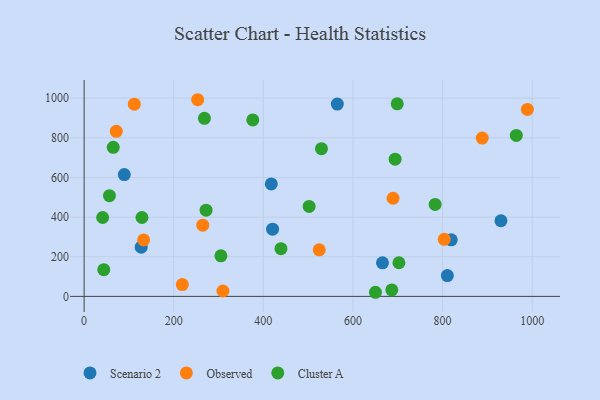
{"axis": {"x": "Price", "y": "Exam Score"}, "legend": ["Cluster A", "Observed", "Scenario 2"], "data": [{"x": "565.1", "y": 970.2, "type": "Scenario 2"}, {"x": "420.6", "y": 339.1, "type": "Scenario 2"}, {"x": "665.9", "y": 169.2, "type": "Scenario 2"}, {"x": "89.6", "y": 614.4, "type": "Scenario 2"}, {"x": "127.4", "y": 248.5, "type": "Scenario 2"}, {"x": "417.7", "y": 567.6, "type": "Scenario 2"}, {"x": "930.3", "y": 381.5, "type": "Scenario 2"}, {"x": "810.7", "y": 104.8, "type": "Scenario 2"}, {"x": "819.4", "y": 285.1, "type": "Scenario 2"}, {"x": "112.0", "y": 969.7, "type": "Observed"}, {"x": "132.8", "y": 284.7, "type": "Observed"}, {"x": "253.4", "y": 992.2, "type": "Observed"}, {"x": "71.8", "y": 832.7, "type": "Observed"}, {"x": "888.5", "y": 798.7, "type": "Observed"}, {"x": "309.8", "y": 27.1, "type": "Observed"}, {"x": "264.8", "y": 359.3, "type": "Observed"}, {"x": "989.3", "y": 943.2, "type": "Observed"}, {"x": "803.8", "y": 287.7, "type": "Observed"}, {"x": "689.5", "y": 495.2, "type": "Observed"}, {"x": "219.2", "y": 59.6, "type": "Observed"}, {"x": "524.8", "y": 235.0, "type": "Observed"}, {"x": "964.6", "y": 812.0, "type": "Cluster A"}, {"x": "56.5", "y": 508.1, "type": "Cluster A"}, {"x": "305.3", "y": 204.7, "type": "Cluster A"}, {"x": "268.5", "y": 898.2, "type": "Cluster A"}, {"x": "272.2", "y": 435.1, "type": "Cluster A"}, {"x": "783.4", "y": 463.9, "type": "Cluster A"}, {"x": "43.9", "y": 134.8, "type": "Cluster A"}, {"x": "650.2", "y": 20.7, "type": "Cluster A"}, {"x": "529.7", "y": 745.3, "type": "Cluster A"}, {"x": "41.3", "y": 398.0, "type": "Cluster A"}, {"x": "65.0", "y": 752.2, "type": "Cluster A"}, {"x": "698.9", "y": 971.6, "type": "Cluster A"}, {"x": "376.4", "y": 890.1, "type": "Cluster A"}, {"x": "502.2", "y": 453.8, "type": "Cluster A"}, {"x": "129.1", "y": 398.0, "type": "Cluster A"}, {"x": "702.6", "y": 169.7, "type": "Cluster A"}, {"x": "694.1", "y": 692.3, "type": "Cluster A"}, {"x": "439.3", "y": 240.8, "type": "Cluster A"}, {"x": "686.7", "y": 32.4, "type": "Cluster A"}]}